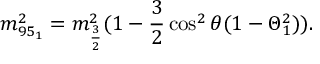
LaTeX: m _ { 9 5 _ { 1 } } ^ { 2 } = m _ { \frac { 3 } { 2 } } ^ { 2 } ( 1 - \frac { 3 } { 2 } \cos ^ { 2 } \theta ( 1 - \Theta _ { 1 } ^ { 2 } ) ) .